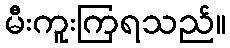
မီးကူးကြရသည်။